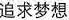
追求梦想